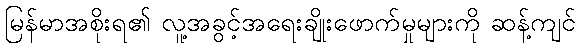
မြန်မာအစိုးရ၏ လူ့အခွင့်အရေးချိုးဖောက်မှုများကို ဆန့်ကျင်